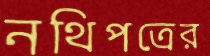
নথিপত্রের